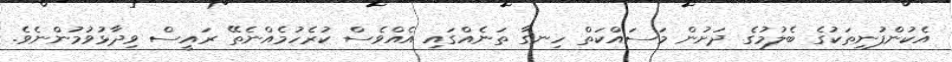
އެކުންފުނިތަކުގެ ބެލުމުގެ ދަށުން މަސައްކަތް ހިނގާ ތަނެއްގައި އެއްވެސް ކުރެހުމެއްނެތޭ ރައީސް ވިދާޅުވުމުންނެވެ.